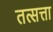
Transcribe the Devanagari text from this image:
तत्सत्ता